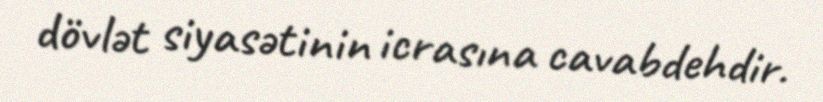
dövlət siyasətinin icrasına cavabdehdir.